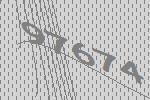
97674